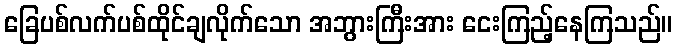
ခြေပစ်လက်ပစ်ထိုင်ချလိုက်သော အဘွားကြီးအား ငေးကြည့်နေကြသည်။